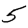
Digit: 5